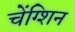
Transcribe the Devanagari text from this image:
चेंग्शिन